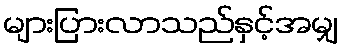
များပြားလာသည်နှင့်အမျှ